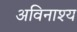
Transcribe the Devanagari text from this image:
अविनाश्य